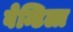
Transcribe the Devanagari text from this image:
वेन्टिला